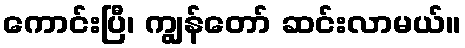
ကောင်းပြီ၊ ကျွန်တော် ဆင်းလာမယ်။